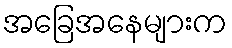
အခြေအနေများက